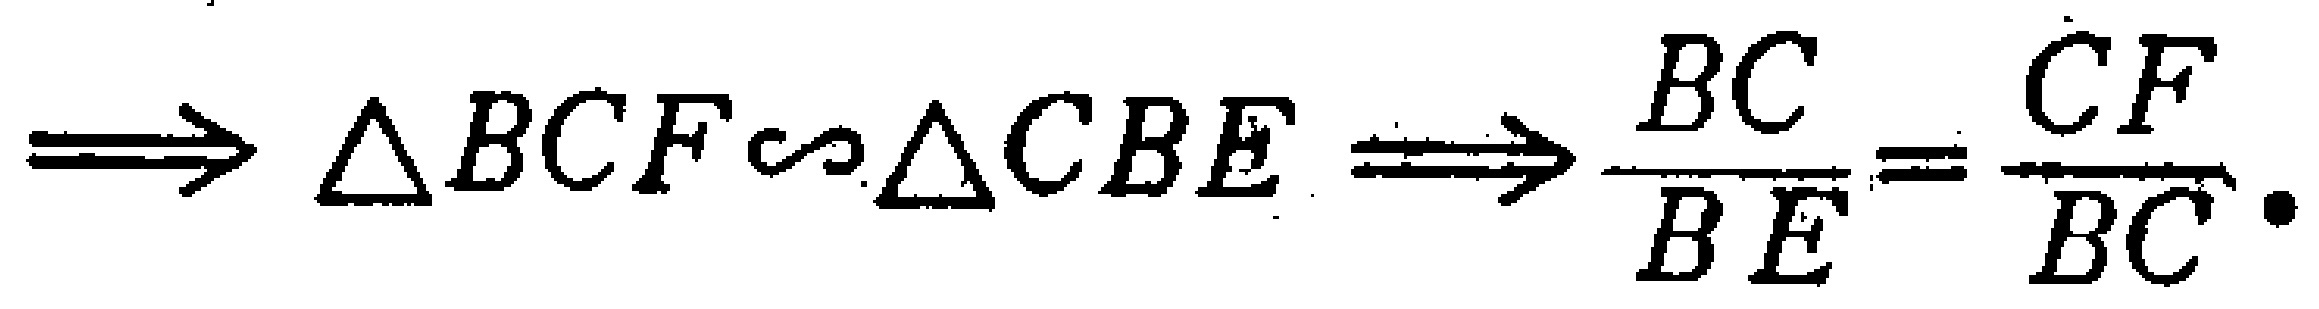
$\Longrightarrow \triangle BCF\sim\triangle CBE\Longrightarrow \dfrac{BC}{BE}=\dfrac{CF}{BC}.$